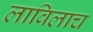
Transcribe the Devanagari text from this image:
लाविलाच